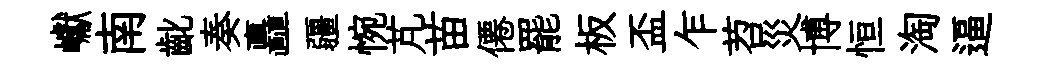
巘南齔奏矗疆惋芃苗僊罷板盃乍苕災博恒淘逼